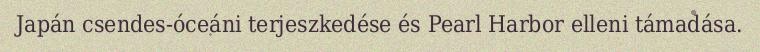
Japán csendes-óceáni terjeszkedése és Pearl Harbor elleni támadása.